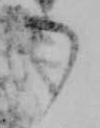
御